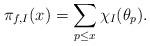
LaTeX: \begin{align*}\pi_{f,I}(x)=\sum_{p\leq x}\chi_{I}(\theta_p).\end{align*}